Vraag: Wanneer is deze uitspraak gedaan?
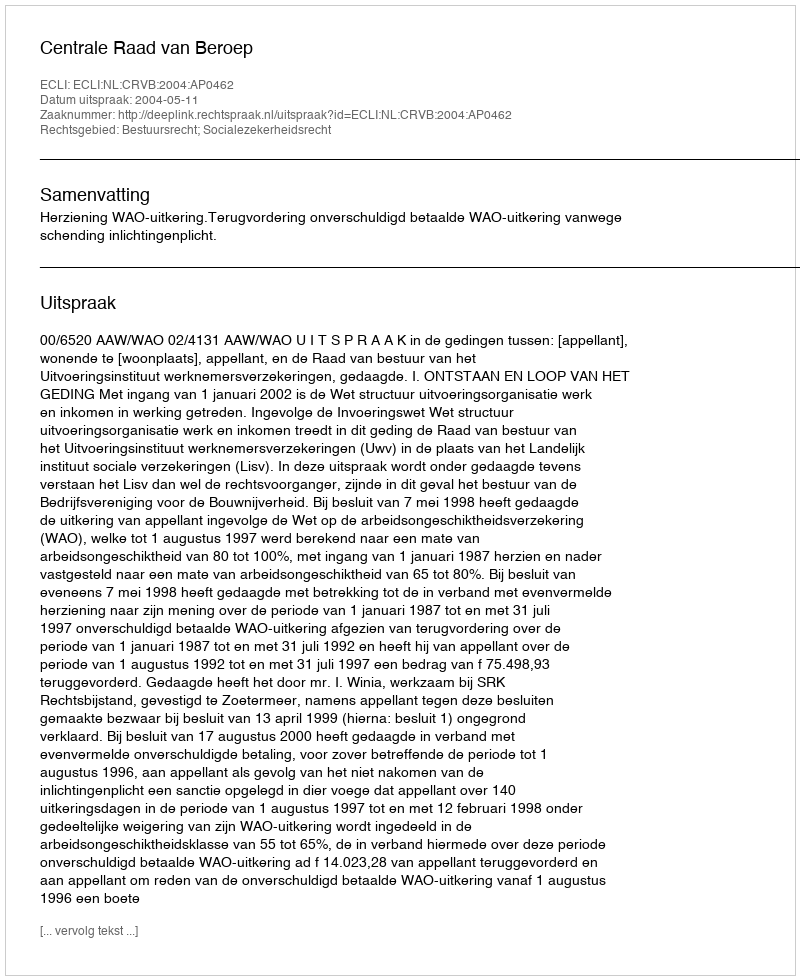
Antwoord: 2004-05-11